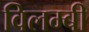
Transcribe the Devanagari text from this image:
विलम्बी